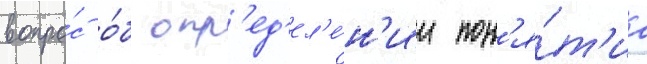
вопро́с о́б опр'ед'ел'е́н'ии пон'я́т'иа